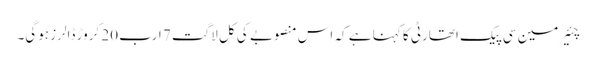
چئیرمین سی پیک اتھارٹی کا کہنا ہے کہ اس منصوبے کی کل لاگت 7 ارب 20 کروڑ ڈالرز ہوگی۔